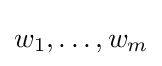
{\textstyle w_{1},\dots ,w_{m}}